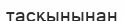
тасқынынан